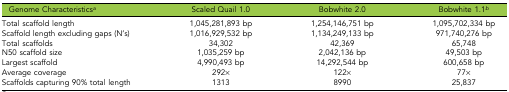
<table><thead><tr><td><b>Genome Characteristics<i><sup>a</sup></i></b></td><td><b>Scaled Quail 1.0</b></td><td><b>Bobwhite 2.0</b></td><td><b>Bobwhite 1.1<i><sup>b</sup></i></b></td></tr></thead><tbody><tr><td>Total scaffold length</td><td>1,045,281,893 bp</td><td>1,254,146,751 bp</td><td>1,095,702,334 bp</td></tr><tr><td>Scaffold length excluding gaps (N’s)</td><td>1,016,929,532 bp</td><td>1,134,249,133 bp</td><td>971,740,276 bp</td></tr><tr><td>Total scaffolds</td><td>34,302</td><td>42,369</td><td>65,748</td></tr><tr><td>N50 scaffold size</td><td>1,035,259 bp</td><td>2,042,136 bp</td><td>49,503 bp</td></tr><tr><td>Largest scaffold</td><td>4,990,493 bp</td><td>14,292,544 bp</td><td>600,658 bp</td></tr><tr><td>Average coverage</td><td>292×</td><td>122×</td><td>77×</td></tr><tr><td>Scaffolds capturing 90% total length</td><td>1313</td><td>8990</td><td>25,837</td></tr></tbody></table>